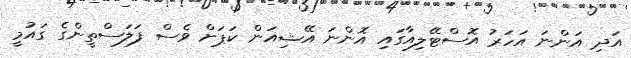
އަދި އަންނަ އަހަރު އޮސްޓޭލިއާގައި އޮންނަ އޭޝިއަން ކަޕަށް ވެސް ފަލަސްތީންގެ ގައުމީ